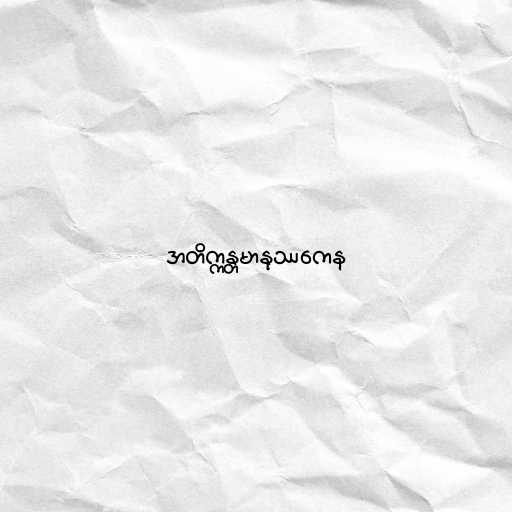
အတိက္ကန္တမာနုဿကေန